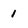
Character: 1